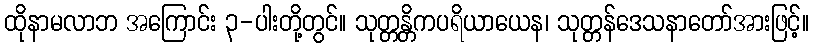
ထိုနာမလာဘ အကြောင်း ၃-ပါးတို့တွင်။ သုတ္တန္တိကပရိယာယေန၊ သုတ္တန်ဒေသနာတော်အားဖြင့်။